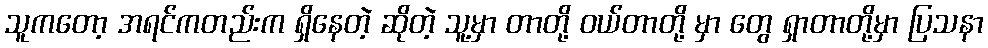
သူကတော့ အရင်ကတည်းက ရှိနေတဲ့ ဆိုတဲ့ သူ့မှာ တာတို့ ဝယ်တာတို့ မှာ တွေ ရှာတာတို့မှာ ပြသနာ